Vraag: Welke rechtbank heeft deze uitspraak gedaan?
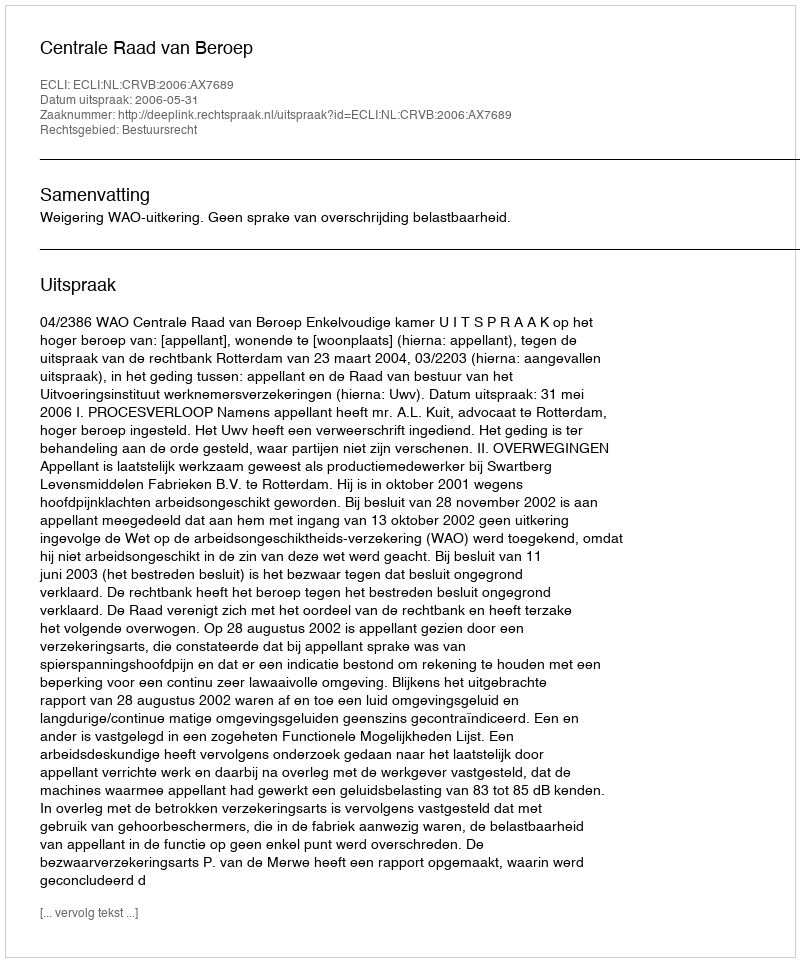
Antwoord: Centrale Raad van Beroep